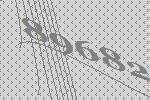
89682